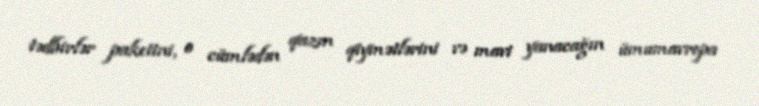
tədbirlər paketini, o cümlədən qazın qiymətlərini və mavi yanacağın ümumavropa